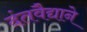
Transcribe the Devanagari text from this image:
दंतवैद्याने